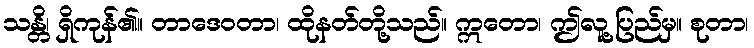
သန္တိ၊ ရှိကုန်၏။ တာဒေဝတာ၊ ထိုနတ်တို့သည်။ ဣတော၊ ဤလူ့ပြည်မှ။ စုတာ၊